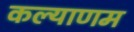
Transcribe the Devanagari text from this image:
कल्‍याणम